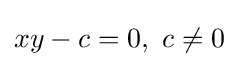
xy-c=0,\ c\neq 0